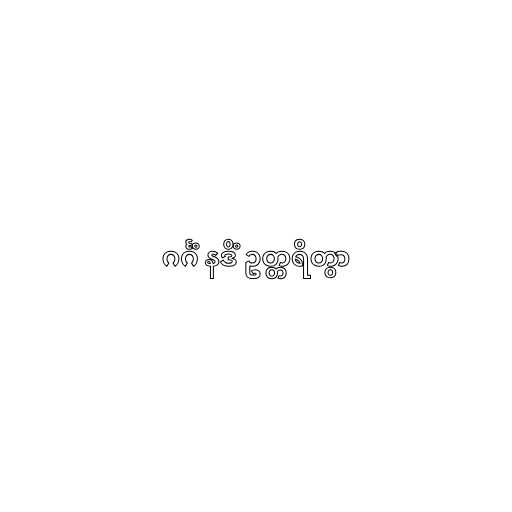
ဂင်္ဂံ နဒိံ ဥတ္တရိတွာ